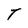
Character: T